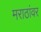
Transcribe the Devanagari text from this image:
मराठांवर